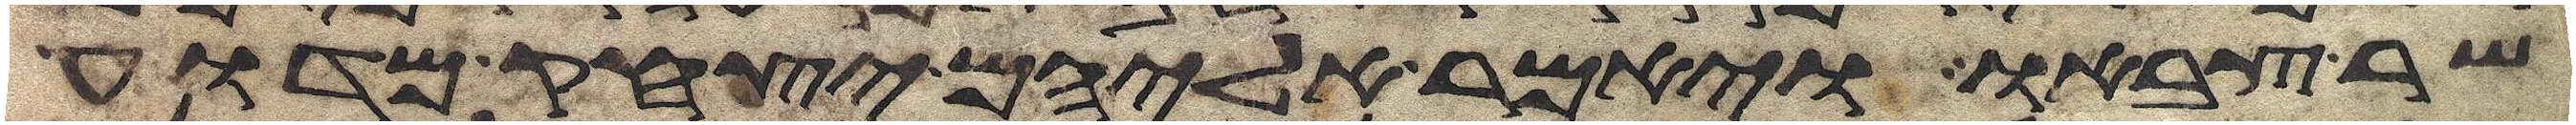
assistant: שר צבאו ויאמר אליהם יצחק מדוע